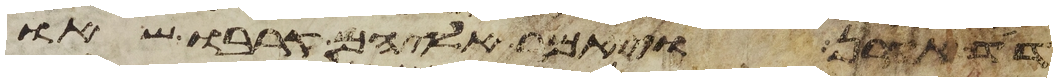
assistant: דד אהרן ויאמר אליהם קרבו שאו